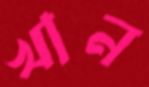
খান